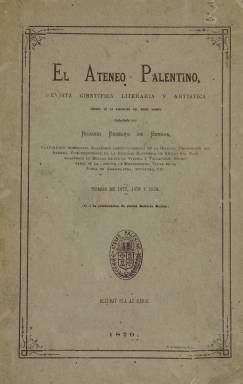
Título: El Ateneo palentino
Colección: Revistas de información general || Cultura
Ámbito geográfico: Palencia
Lugar de publicación: Palencia
Fechas: 01/01/1877-15/04/1879